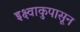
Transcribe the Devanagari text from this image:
इक्ष्वाकुपासून